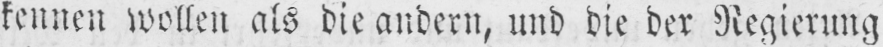
kennen wollen als die andern, und die der Regierung